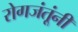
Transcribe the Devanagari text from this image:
रोगजंतूंनी